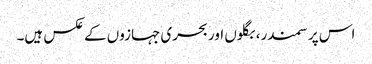
اس پر سمندر، بگلوں اور بحری جہازوں کے عکس ہیں۔